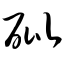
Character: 砒